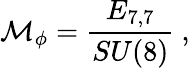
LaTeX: {\cal M}_{\phi}=\frac{E_{7,7}}{SU(8)}\ ,